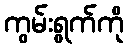
ကွမ်းရွက်ကို